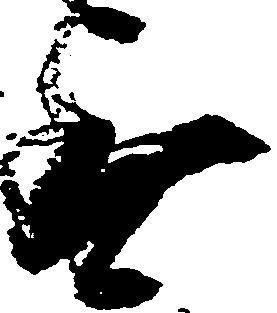
無